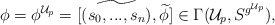
\begin{align*}\phi = \phi^{\mathcal{U}_p} = [\widetilde{(s_0,...,s_n)},\widetilde{\phi}] \in \Gamma(\mathcal{U}_p,S^{g^{\mathcal{U}_p}}),\end{align*}